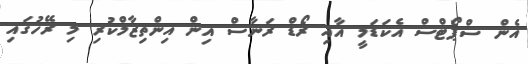
އެން ސްޕޯޓްސް އެކަޑަމީ އާއި ރޯޑް ރަނާސް އިން އިންތިޒާމްކުރި މި ރޭހުގައި